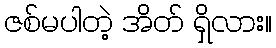
ဇစ်မပါတဲ့ အိတ် ရှိလား။